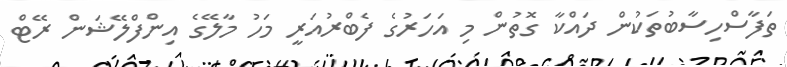
ތަފާސްހިސާބުތަކުން ދައްކާ ގޮތުން މި އަހަރުގެ ފެބްރުއަރީ މަހު މާލޭގެ އިންފްލޭޝަން ރޭޓް